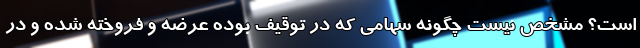
است؟ مشخص نیست چگونه سهامی که در توقیف بوده عرضه و فروخته شده و در